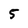
Character: 5